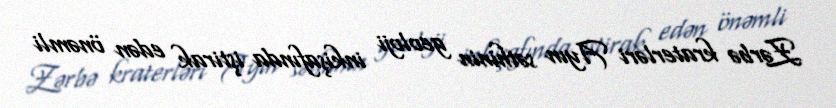
Zərbə kraterləri Ayın səthinin geoloji inkişafında iştirak edən önəmli